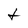
Character: t